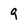
Character: 9